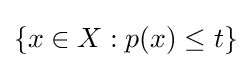
\{x\in X:p(x)\leq t\}